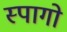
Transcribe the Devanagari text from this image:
स्पागो